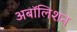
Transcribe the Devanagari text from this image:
अबॉलिशन